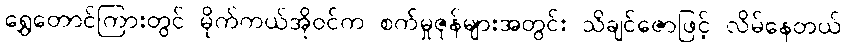
ရွှေတောင်ကြားတွင် မိုက်ကယ်အိုဝင်က စက်မှုဇုန်များအတွင်း သိချင်ဇောဖြင့် လိမ်နေတယ်